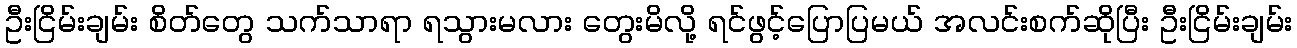
ဦးငြိမ်းချမ်း စိတ်တွေ သက်သာရာ ရသွားမလား တွေးမိလို့ ရင်ဖွင့်ပြောပြမယ် အလင်းစက်ဆိုပြီး ဦးငြိမ်းချမ်း